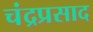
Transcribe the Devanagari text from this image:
चंद्रप्रसाद